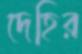
দেহির